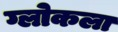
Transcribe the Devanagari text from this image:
ग्लोकला